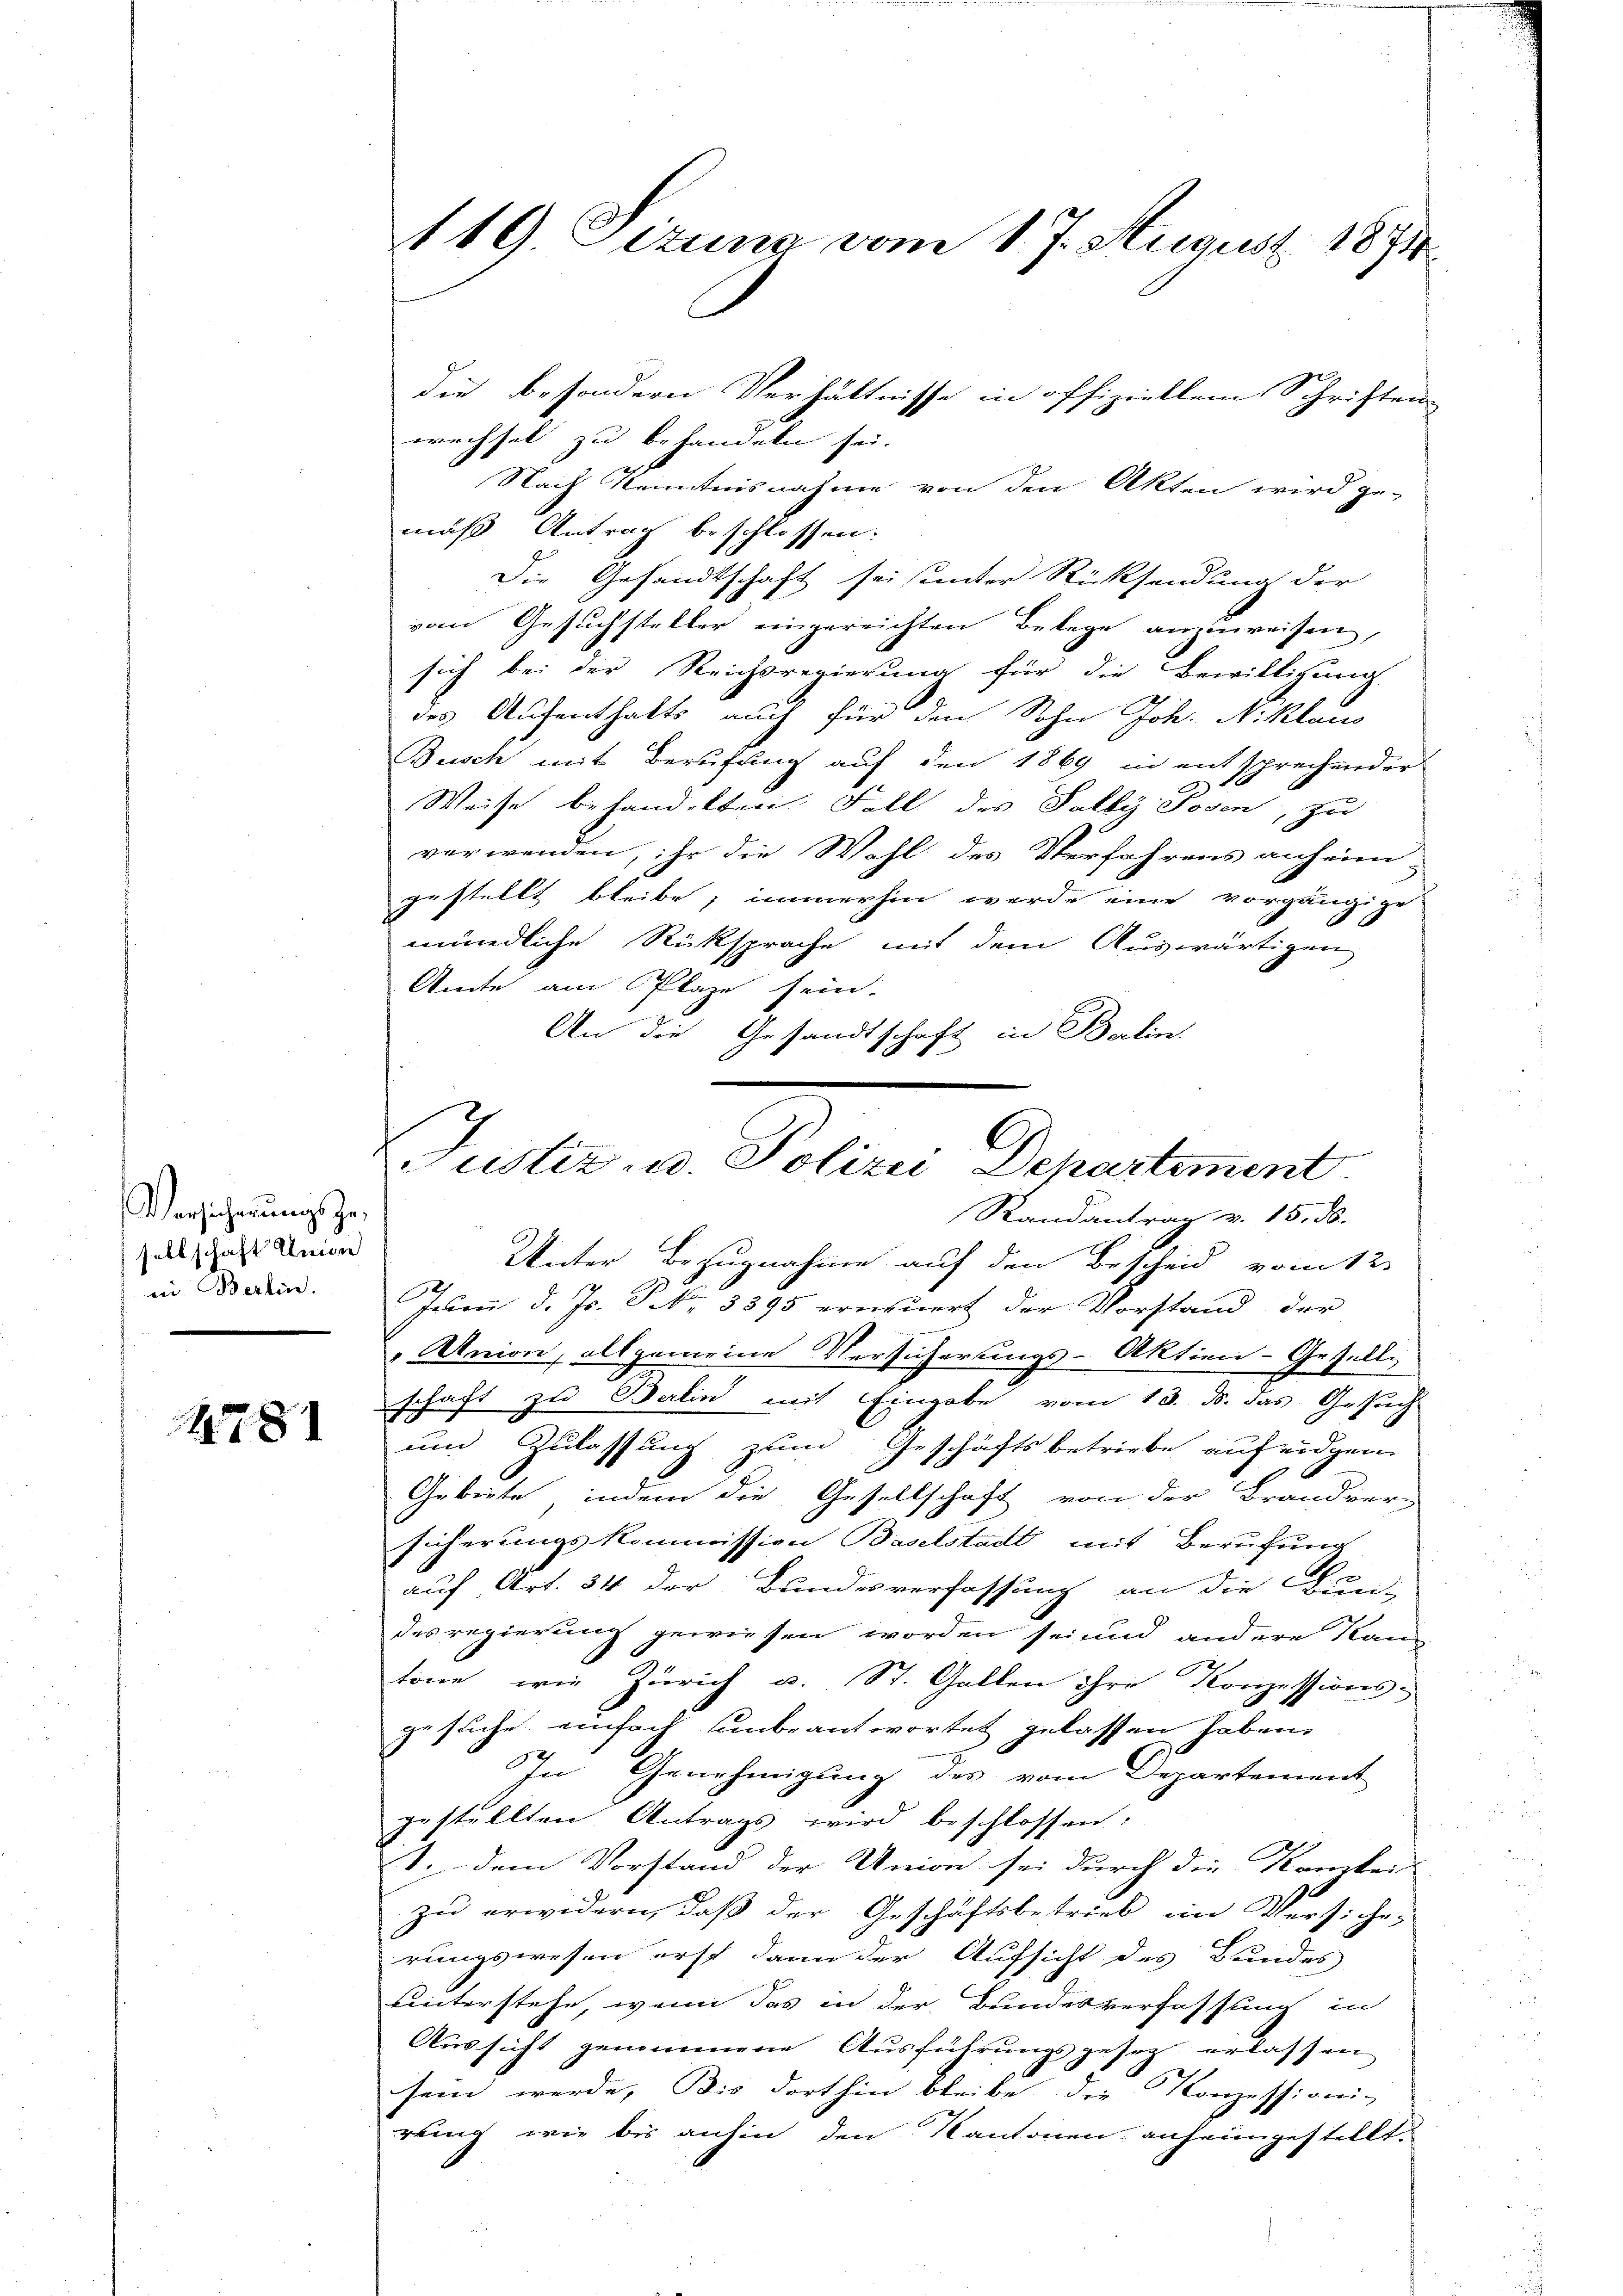
Versicherungsze
sellschaft Union
ein Berlin.

1781

119 Sizung vom 1. J. August 1874.

die besondern Verhältnisse in offiziellem Schriften
wechsel zu behandeln sei.
Nach Kenntnisnahme von den Akten wird ge-
muß Antrag beschlossen.
Die Gesandtschaft sei seinter Rücksendung der
vom Gesuchsteller eingereichten Belege anzuweisen,
sich bei der Reichsregierung für die Bewilligung.
.
des Aufenthalts auch für den Sohn Joh. Niklaus
Busch mit Berufung auf den 1869 in entsprechender
Weise behandelten. Fall des Salby Posen, zu
verwenden, ihr die Wahl des Verfahrens anheim
gestellt bleibe, immerhin werde eine vorgängige
mündliche Rücksprache mit dem Auswärtigen
Amte am Plaze sein.
An die Gesandtschaft in Balin.

Justiz- u. Polizei Departement.
Randantrag v. 15. ds.

Unter Bezugnahme auf den Bescheid vom 12.
Juni d. Js. P. 3395 erneuert der Vorstand der
"Union, allgemeine Versicherungs-Aktien-Gesell-
schaft zu Balin mit Eingabe vom 13. ds. das Gesuch
und Zulassung zum Geschäftsbetriebe aufeidgen
Gebiete, indem die Gesellschaft von der Brandver-
sicherungskommission Baselstadt mit Berufung
auf Art. 34 der Bundesverfassung an die Bundes regierung gewiesen worden sei, und andere Kan-
töne, wie Zürich u. St. Gallen ihre Konzessions-
gesuche einfach unbeantwortet gelassen haben.
In Genehmigung des vom Departement
gestellten Antrags wird beschlossen:
1. dem Vorstand der Union sei durch die Kranken
zu erwidern, daß der Geschäftsbetrieb in Versiche-
rungswesen erst dann der Aufsicht des Bundes
unterstehe, wenn das in der Bundesverfassung in
Aussicht genommene Ausführungsgesetz erlassen
6
sein werde, Bis dorthin bleibe die Konzessioni-
rling wie bis anhin den Kantonen anheimgestellt.